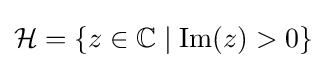
{\mathcal {H}}=\{z\in \mathbb {C} \mid \operatorname {Im} (z)>0\}